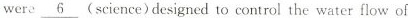
were\underline{6} (science)designed to control the water flow of